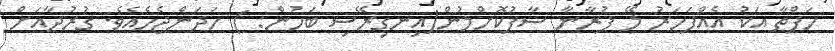
ހަފްތާ އަކު އެއްފަހަރު ލޭ ފުރާނާ ސާފުކޮށްލުން(އިނގިރޭސި ބަހުން: ) ހަދަންޖެހެއެވެ. ގުރުދާއަށް